Vaccination report Assam 1874-1896 - 1874-1896
Year: 1874
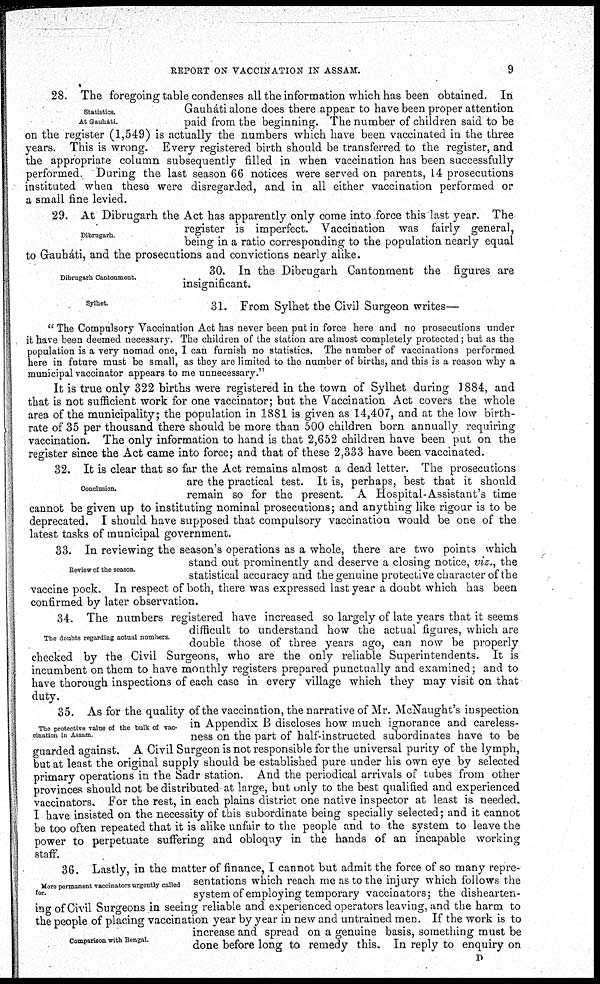
REPORT ON VACCINATION IN ASSAM.
9
Statistics.
At Gauháti.
28. The foregoing table condenses all the information which has been obtained. In
Gauháti alone does there appear to have been proper attention
paid from the beginning. The number of children said to be
on the register (1,549) is actually the numbers which have been vaccinated in the three
years. This is wrong. Every registered birth should be transferred to the register, and
the appropriate column subsequently filled in when vaccination has been successfully
performed. During the last season 66 notices were served on parents, 14 prosecutions
instituted when these were disregarded, and in all either vaccination performed or
a small fine levied.
Dibrugarh.
29. At Dibrugarh the Act has apparently only come into force this last year. The
register is imperfect. Vaccination was fairly general,
being in a ratio corresponding to the population nearly equal
to Gauháti, and the prosecutions and convictions nearly alike.
Dibrugarh Cantonment.
30. In the Dibrugarh Cantonment the figures are
insignificant.
Sylhet
31. From Sylhet the Civil Surgeon writes—
" The Compulsory Vaccination Act has never been put in force here and no prosecutions under
it have been deemed necessary. The children of the station are almost completely protected; but as the
population is a very nomad one, I can furnish no statistics. The number of vaccinations performed
here in future must be small, as they are limited to the number of births, and this is a reason why a
municipal vaccinator appears to me unnecessary."
It is true only 322 births were registered in the town of Sylhet during 1884, and
that is not sufficient work for one vaccinator; but the Vaccination Act covers the whole
area of the municipality; the population in 1881 is given as 14,407, and at the low birth-
rate of 35 per thousand there should be more than 500 children born annually requiring
vaccination. The only information to hand is that 2,652 children have been put on the
register since the Act came into force; and that of these 2,333 have been vaccinated.
Conclusion.
32. It is clear that so far the Act remains almost a dead letter. The prosecutions
are the practical test. It is, perhaps, best that it should
remain so for the present. A Hospital-Assistant's time
cannot be given up to instituting nominal prosecutions; and anything like rigour is to be
deprecated. I should have supposed that compulsory vaccination would be one of the
latest tasks of municipal government.
Review of the season.
33. In reviewing the season's operations as a whole, there are two points which
stand out prominently and deserve a closing notice, viz., the
statistical accuracy and the genuine protective character of the
vaccine pock. In respect of both, there was expressed last year a doubt which has been
confirmed by later observation.
The doubts regarding actual numbers
34. The numbers registered have increased so largely of late years that it seems
difficult to understand how the actual figures, which are
double those of three years ago, can now be properly
checked by the Civil Surgeons, who are the only reliable Superintendents. It is
incumbent on them to have monthly registers prepared punctually and examined; and to
have thorough inspections of each case in every village which they may visit on that
duty.
The protective value of the bulk of vac-
cination in Assam.
35. As for the quality of the vaccination, the narrative of Mr. McNaught's inspection
in Appendix B discloses how much ignorance and careless-
ness on the part of half-instructed subordinates have to be
guarded against. A Civil Surgeon is not responsible for the universal purity of the lymph,
but at least the original supply should be established pure under his own eye by selected
primary operations in the Sadr station. And the periodical arrivals of tubes from other
provinces should not be distributed at large, but only to the best qualified and experienced
vaccinators. For the rest, in each plains district one native inspector at least is needed.
I have insisted on the necessity of this subordinate being specially selected; and it cannot
be too often repeated that it is alike unfair to the people and to the system to leave the
power to perpetuate suffering and obloquy in the hands of an incapable working
staff.
More permanent vaccinators urgently called
for.
Comparison with Bengal.
36. Lastly, in the matter of finance, I cannot but admit the force of so many repre-
sentations which reach me as to the injury which follows the
system of employing temporary vaccinators; the dishearten-
ing of Civil Surgeons in seeing reliable and experienced operators leaving, and the harm to
the people of placing vaccination year by year in new and untrained men. If the work is to
increase and spread on a genuine basis, something must be
done before long to remedy this. In reply to enquiry on
D